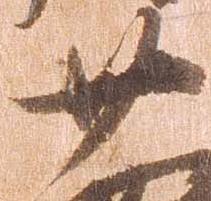
廿